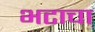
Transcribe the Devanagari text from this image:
भटाचा